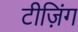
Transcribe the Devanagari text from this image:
टीज़िंग